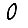
Digit: 0